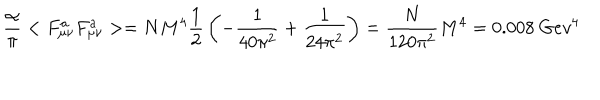
{ \frac { \alpha } { \pi } } < F _ { \mu \nu } ^ { a } F _ { \mu \nu } ^ { a } > = N M ^ { 4 } { \frac { 1 } { 2 } } \left( - { \frac { 1 } { 4 0 \pi ^ { 2 } } } + { \frac { 1 } { 2 4 \pi ^ { 2 } } } \right) = { \frac { N } { 1 2 0 \pi ^ { 2 } } } M ^ { 4 } = 0 . 0 0 8 ~ G e v ^ { 4 }